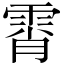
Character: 霄